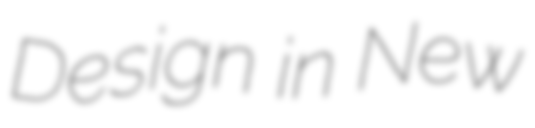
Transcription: Design in New